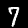
Digit: 7